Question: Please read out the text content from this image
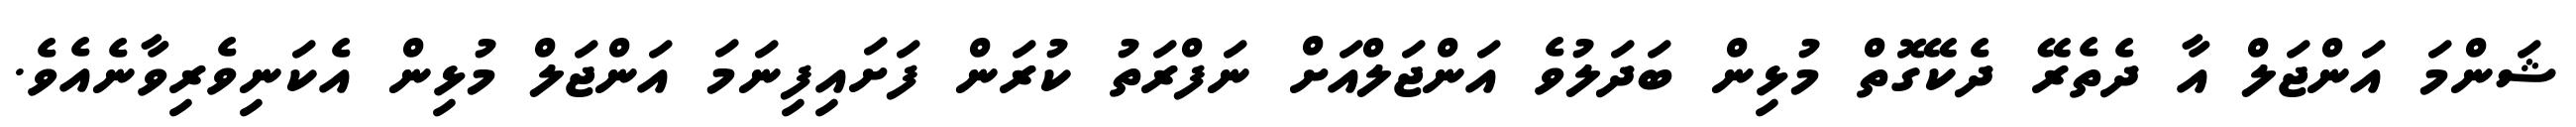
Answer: ޝަންމަ އަންޖަލް އާ ދެތެރޭ ދެކޭގޮތް މުޅިން ބަދަލުވެ އަންޖަލްއަށް ނަފްރަތު ކުރަން ފަށައިފިނަމަ އަންޖަލް މުޅިން އެކަނިވެރިވާނެއެވެ.